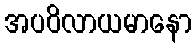
အပဝိလာယမာနော